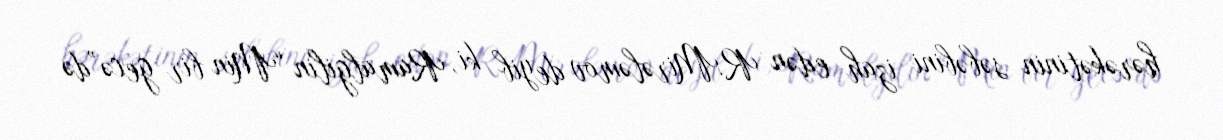
hərəkətinin səbəbini izah edən R.Mirələmov deyib ki, Ramalgilin “Min bir gecə”də